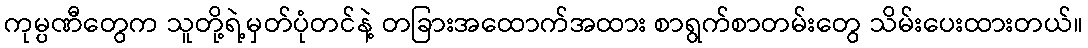
ကုမ္ပဏီတွေက သူတို့ရဲ့မှတ်ပုံတင်နဲ့ တခြားအထောက်အထား စာရွက်စာတမ်းတွေ သိမ်းပေးထားတယ်။